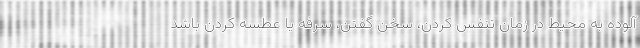
آلوده به محیط در زمان تنفس کردن، سخن گفتن، سرفه یا عطسه کردن باشد